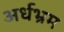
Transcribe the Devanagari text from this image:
अर्धभ्रम